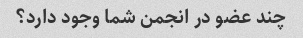
چند عضو در انجمن شما وجود دارد؟